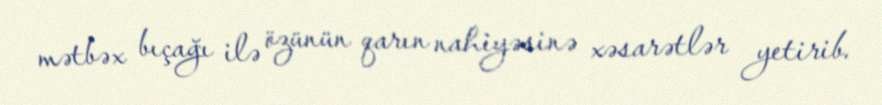
mətbəx bıçağı ilə özünün qarın nahiyəsinə xəsarətlər yetirib.